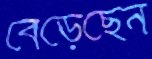
বেড়েছেন